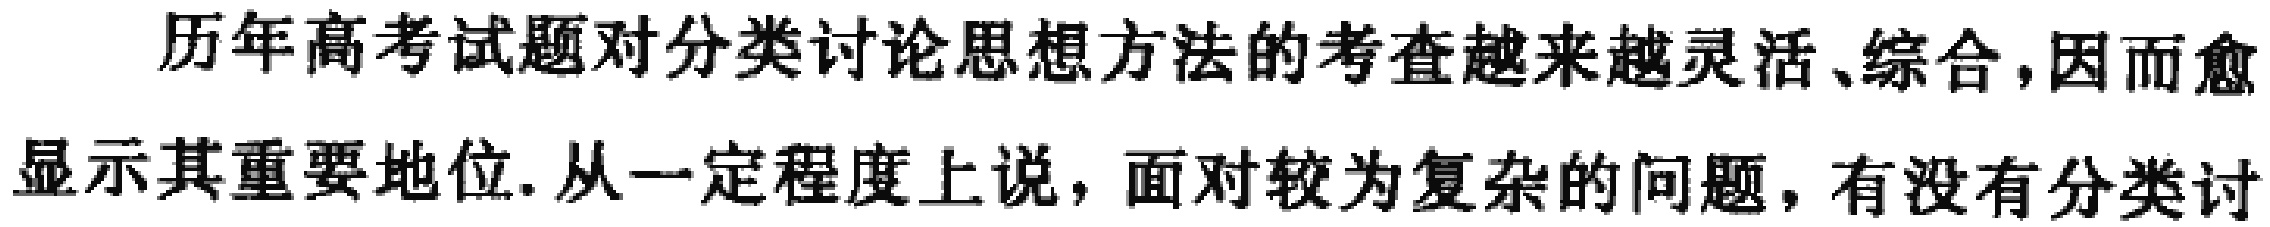
历年高考试题对分类讨论思想方法的考查越来越灵活、综合,因而愈
显其重要地位.从一定程度上说，面对较为复杂的问题，有没有分类讨